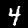
Digit: 4